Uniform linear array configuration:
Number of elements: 8
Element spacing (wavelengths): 0.75
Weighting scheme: cosine
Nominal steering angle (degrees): -45
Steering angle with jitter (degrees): -46.478
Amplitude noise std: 0.05
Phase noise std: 0.05

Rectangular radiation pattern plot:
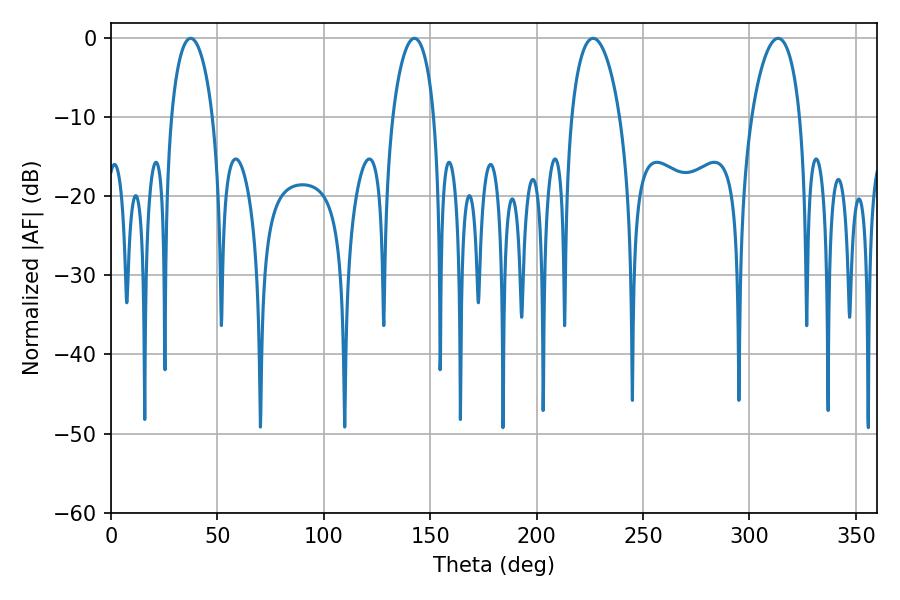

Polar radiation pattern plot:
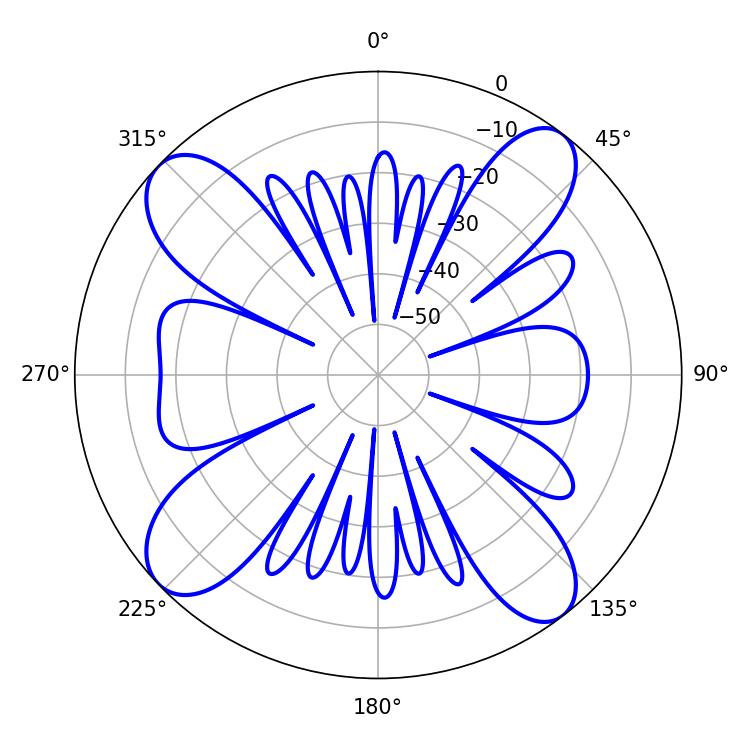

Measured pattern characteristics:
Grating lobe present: TRUE
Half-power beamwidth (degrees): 11.16
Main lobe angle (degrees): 37.44